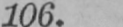
106.